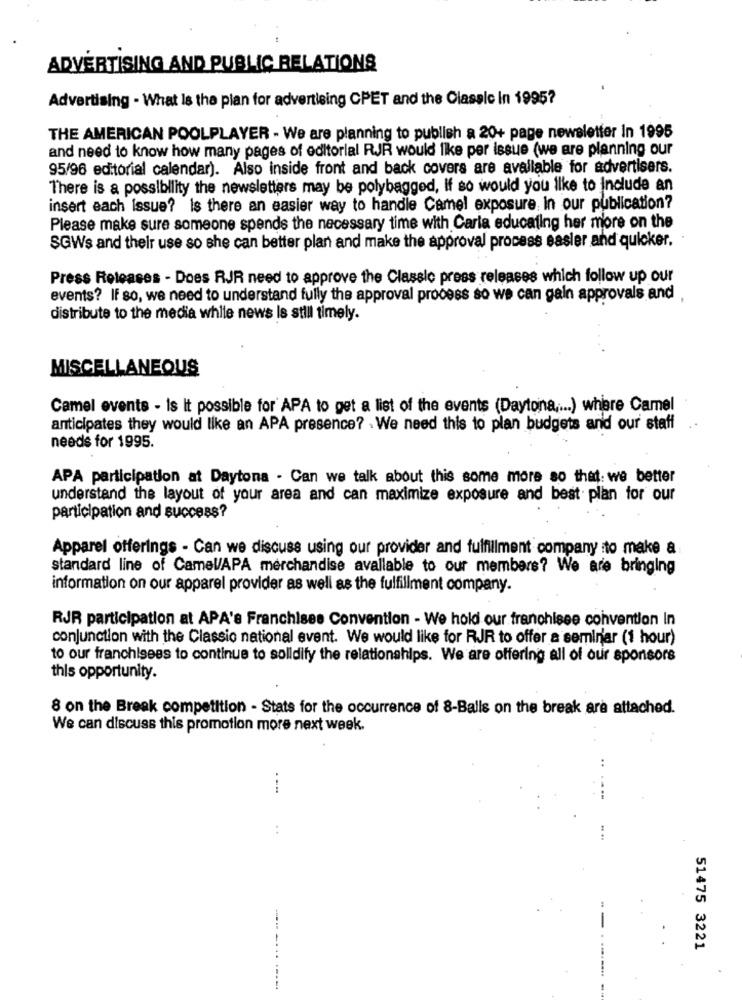
ADVERTISING AND PUBLIC RELATIONS
Advertising - What Is the plan for advertising CPET and the Classle In 1995?
THE AMERICAN POOLPLAYER - We are planning to publish a 20+ page newsletter In 1995
and need to know how many pages of editorial RJR would like per issue (we are planning our
95/96 editorial calendar). Also inside front and back covers are available for advertisers.
There is a possibility the newsletters may be polybagged, If so would you like to Include an
insert each Issue? Is there an easier way to handle Camel exposure In our publication?
Please make sure someone spends the necessary time with Carla educating her more on the
SGWs and their use so she can better plan and make the approval process easier and quicker.
Press Releases - Does RJR need to approve the Classic press releases which follow up our
events? If so, we need to understand fully the approval process so we can gain approvals and .
distribute to the media while news Is still timely.
MISCELLANEOUS
Camel events - Is It possible for APA to get a list of the events (Daytona .... ) where Camel
anticipates they would like an APA presence? . We need this to plan budgets and our staff
needs for 1995.
APA participation at Daytona - Can we talk about this some more so that: we better
understand the layout of your area and can maximize exposure and best plan for our
participation and success?
Apparel offerings - Can we discuss using our provider and fulfillment company to make a
standard line of CamelAPA merchandise available to our members? We are bringing
information on our apparel provider as well as the fulfillment company.
RJR participation at APA's Franchises Convention - We hold our franchisee convention In
conjunction with the Classic national event. We would like for RJR to offer a seminar (1 hour)
to our franchisees to continue to solidify the relationships. We are offering all of our sponsors
this opportunity.
8 on the Break competition - Stats for the occurrence of 8-Balls on the break are attached.
We can discuss this promotion more next week.
----
51475 3221